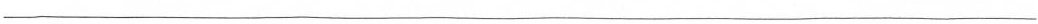
___